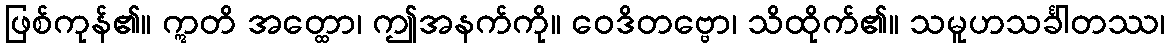
ဖြစ်ကုန်၏။ ဣတိ အတ္ထော၊ ဤအနက်ကို။ ဝေဒိတဗ္ဗော၊ သိထိုက်၏။ သမူဟသင်္ခါတဿ၊